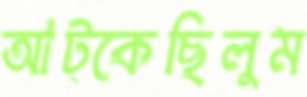
আট্‌কেছিলুম